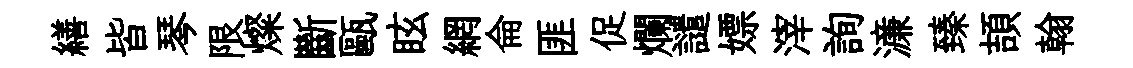
繕皆琴限燦斷甌眩網侖匪促爛譴嫖滓詢濓臻頡翰